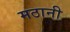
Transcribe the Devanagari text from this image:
मठानी